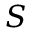
S